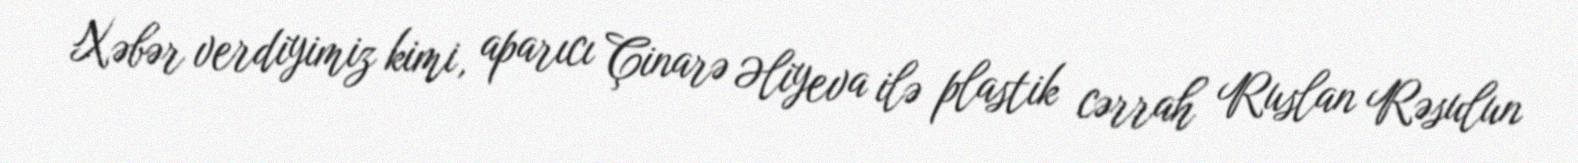
Xəbər verdiyimiz kimi, aparıcı Çinarə Əliyeva ilə plastik cərrah Ruslan Rəsulun